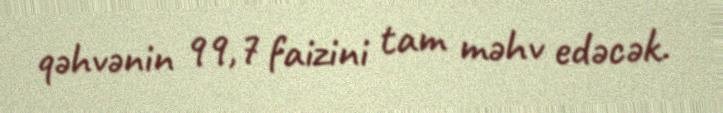
qəhvənin 99,7 faizini tam məhv edəcək.